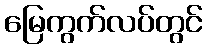
မြေကွက်လပ်တွင်